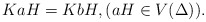
\begin{align*}KaH = KbH,(aH \in V(\Delta)).\end{align*}